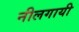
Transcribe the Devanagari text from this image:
नीलगायी